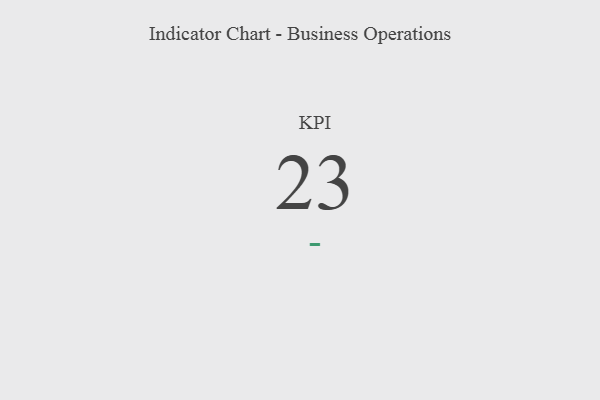
{"axis": {"x": "KPI", "y": "Value"}, "legend": [""], "data": [{"x": "KPI", "y": 23, "type": ""}]}